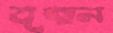
বৃহান